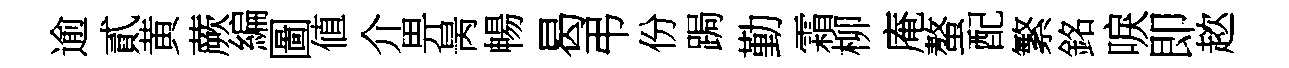
逾貳黄蕨編圖値介畀昺暢曷弔份跼勤霜柳庵螯配繁銘唳即趑